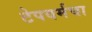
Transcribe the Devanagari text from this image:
टेपवर्मचा